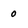
Character: 0